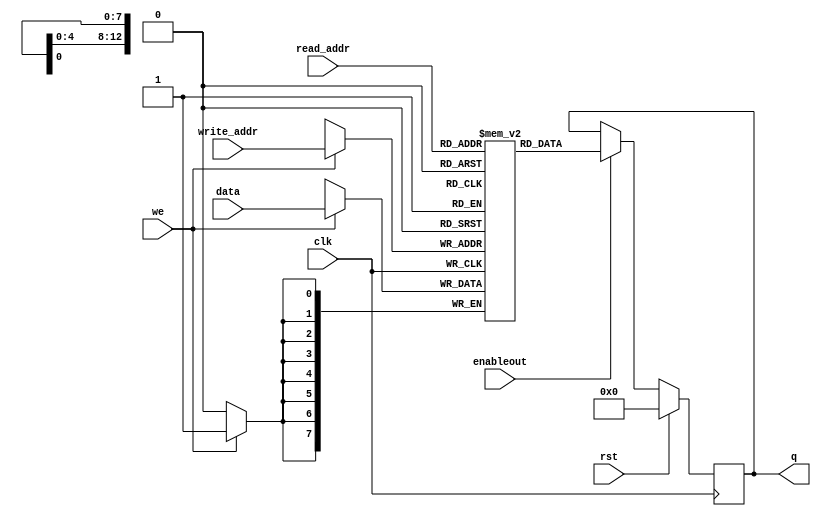
`timescale 1ns / 1ps
//////////////////////////////////////////////////////////////////////////////////
// Company:
// 
// Create Date:
// Design Name: 
// Module Name: dual_port_syncout_enabled_ram
// Project Name: EtherBlade.net_v1 
// Target Devices: 
// Tool Versions: 
// Description: 
// 
// Dependencies: 
// 
// Version: 0.01
// Additional Comments:
//Block Simple Dual port RAM, syncronous read with output port enable signal.
//////////////////////////////////////////////////////////////////////////////////
module dual_port_syncout_enabled_ram #(parameter D_WIDTH=8, parameter A_WIDTH=13)
(
	input clk,
	input rst,
	input enableout,
	input we,
	input [(D_WIDTH-1):0] data,
	input [(A_WIDTH-1):0] read_addr,
	input [(A_WIDTH-1):0] write_addr,
	output reg [(D_WIDTH-1):0] q
);

(*ramstyle = "block"*)reg [D_WIDTH-1:0] ram[2**A_WIDTH-1:0];


always @(posedge clk) begin 
	if (we)
		ram[write_addr] <= data;
end

always @(posedge clk) begin                                                                                          
	  if (rst)                                                                         
	    begin                                                                                      
	      q <= {D_WIDTH{1'b0}};                                                                                                                         
	    end                                                                                    
	  else if (enableout)                                                                                         
	    begin
	    q <= ram[read_addr];                                                                                                                                     
	    end
//NOTE: If (~enableout & ~rst) then (q) remains unchanged.
            end  

endmodule